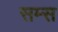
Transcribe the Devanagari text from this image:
सम्स